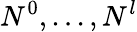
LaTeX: N^{0},...,N^{l}